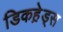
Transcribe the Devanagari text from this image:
डिकहे़ड्स